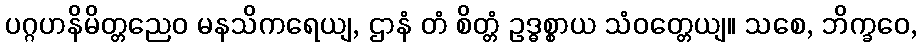
ပဂ္ဂဟနိမိတ္တညေဝ မနသိကရေယျ, ဌာနံ တံ စိတ္တံ ဥဒ္ဓစ္စာယ သံဝတ္တေယျ။ သစေ, ဘိက္ခဝေ,